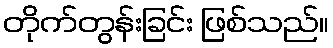
တိုက်တွန်းခြင်း ဖြစ်သည်။